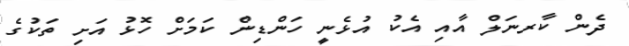
ދެން ކާރނަލް އާއި އެކު އުޅެނީ ހަންޑިން ކަމަށް ހޮޅު އަށި ތަކުގެ